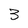
Character: 3